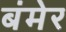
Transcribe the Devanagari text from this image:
बंमेर